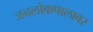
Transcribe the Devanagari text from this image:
जनलोकपालावर